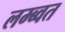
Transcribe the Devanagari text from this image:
लम्ब्वत